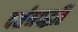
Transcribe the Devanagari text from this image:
दर्शनपद्धति